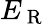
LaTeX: E_{\mathrm{~R~}}